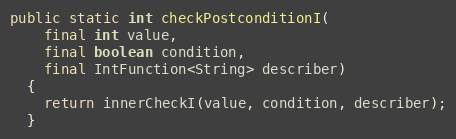
Language: Java
public static int checkPostconditionI(
    final int value,
    final boolean condition,
    final IntFunction<String> describer)
  {
    return innerCheckI(value, condition, describer);
  }